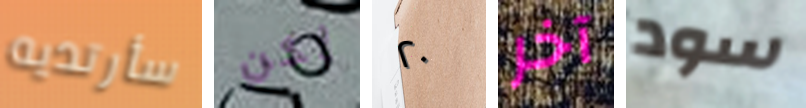
سأرتديه لكن ٢٠ آخر سود